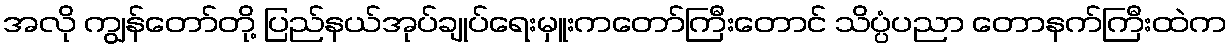
အလို ကျွန်တော်တို့ ပြည်နယ်အုပ်ချုပ်ရေးမှူးကတော်ကြီးတောင် သိပ္ပံပညာ တောနက်ကြီးထဲက